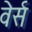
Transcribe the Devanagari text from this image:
वेर्स